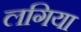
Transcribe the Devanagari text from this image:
लगिया